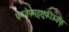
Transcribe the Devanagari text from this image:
फ्ग्य्वेफ्म़ड्श़़्ःफीऊवॅफ्